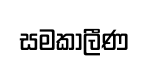
සමකාලීණ